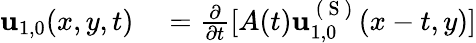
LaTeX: \begin{array}{rl}{\mathbf{u}_{1,0}(x,y,t)}&{{}=\frac{\partial}{\partial t}[A(t)\mathbf{u}_{1,0}^{\mathrm{~(~S~)~}}(x-t,y)]}\end{array}